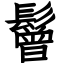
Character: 鬙